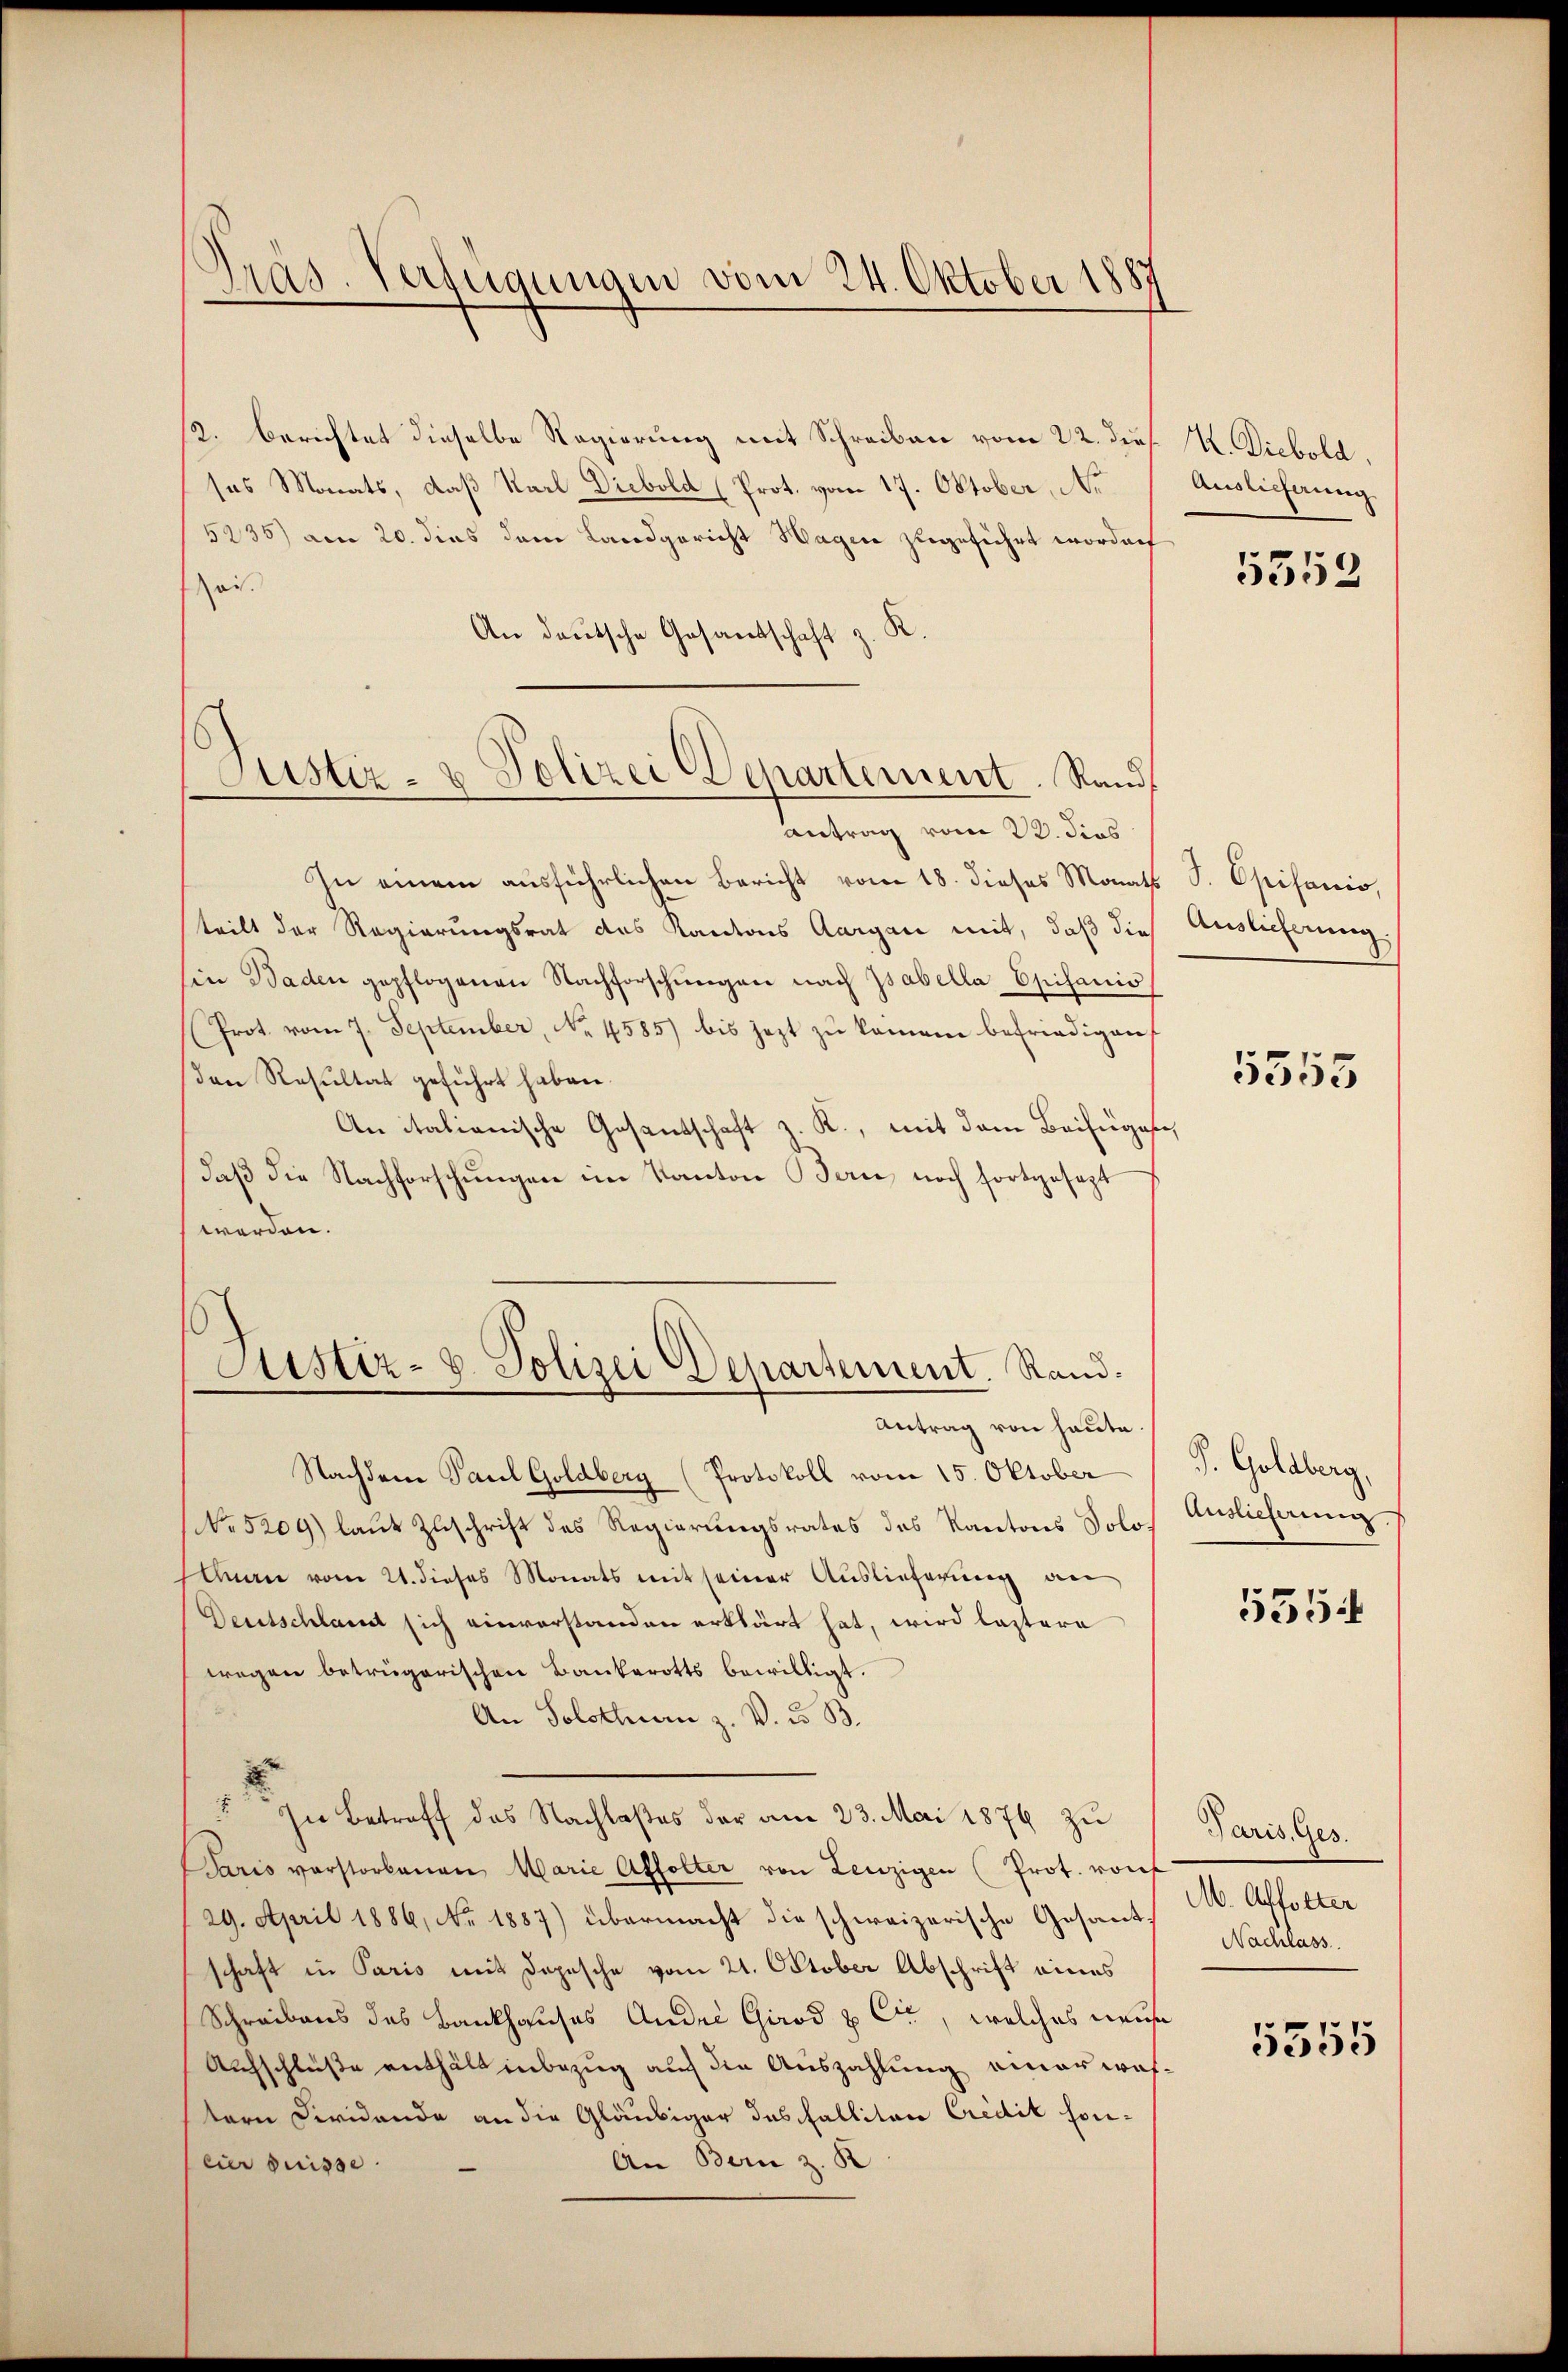
.
Präs. Verfügungen vom 24. Oktober 1887

12. Berichtet dieselbe Regierung mit Schreiben vom 22. ds. K. Diebold,
ses Monats, daß Karl Diebold (Prot. vom 17. Oktober, Ar
5235) am 20. dies dem Landgericht Hagen zugeführt worden
ei.
An deutsche Gesandtschaft z. K.
Justiz- & Polizei Departement. Rand

antrag vom 22. dies

In einem ausführlichen Bericht vom 18. dieses Monats S. Opisanio,
teilt der Regierungsrat des Kantons Aargau mit, daß dies
sin Baden gepflogenen Nachforschungen nach Zsabella Episanis
(Prot. vom 7. September, No. 4585 bis jezt zu kamen befriedigen
den Resultat geführt haben.
An italianische Gesentschaft z. R., mit dem Beifügen,
daß die Nachforschungen im Kanton Bern noch fortgesezt
werden.
Nachdene Paral Goldberg (Protokoll vom 15. Oktober
No 5209) laut Zuschrift des Regierungsrates des Kantons Solo¬
Ann vom 21. dieses Monats mit seiner Auslieferung an
Deutschlamt sich einvorstanden erklärt hat, wird lastere
wegen betrügerischen Bankerotts bewilligt.
An Solothurn z. V. d. B.
2
" In Betreff des Nachlaßes der am 23. Mai 1876 zu
Paris verstorbenen Marie Affolter von Lenzigen (Prot. von
29. April 1886, No 1887) übermacht die schweizerische Gesantschaft in Paris mit Depesche vom 21. October Abschrift eines
Schreibens des Bankhauses Andre Girod & Cie, welches neue
Aufschlüße enthält inbezug auch die Auszahlung einer wastern Dividande an die Gläubiger das Fallitar Credit son¬
An Bern z. B
eier puisse

Justiz- u. Polizei Departement. Rand.
Antrag von heute

Auslieferung
5352

Auslieferung.

5555

J. Goldberg.
Auslieferung
5354

Paris, Ges.
M. Affolter
Nachlass

5355